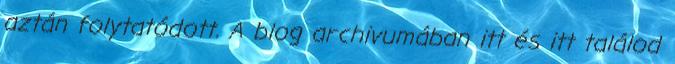
aztán folytatódott. A blog archivumában itt és itt találod